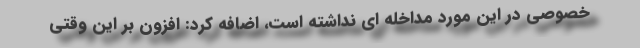
خصوصی در این مورد مداخله ای نداشته است، اضافه کرد: افزون بر این وقتی